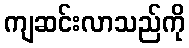
ကျဆင်းလာသည်ကို